Kloostri_vallavalitsus, lk 19
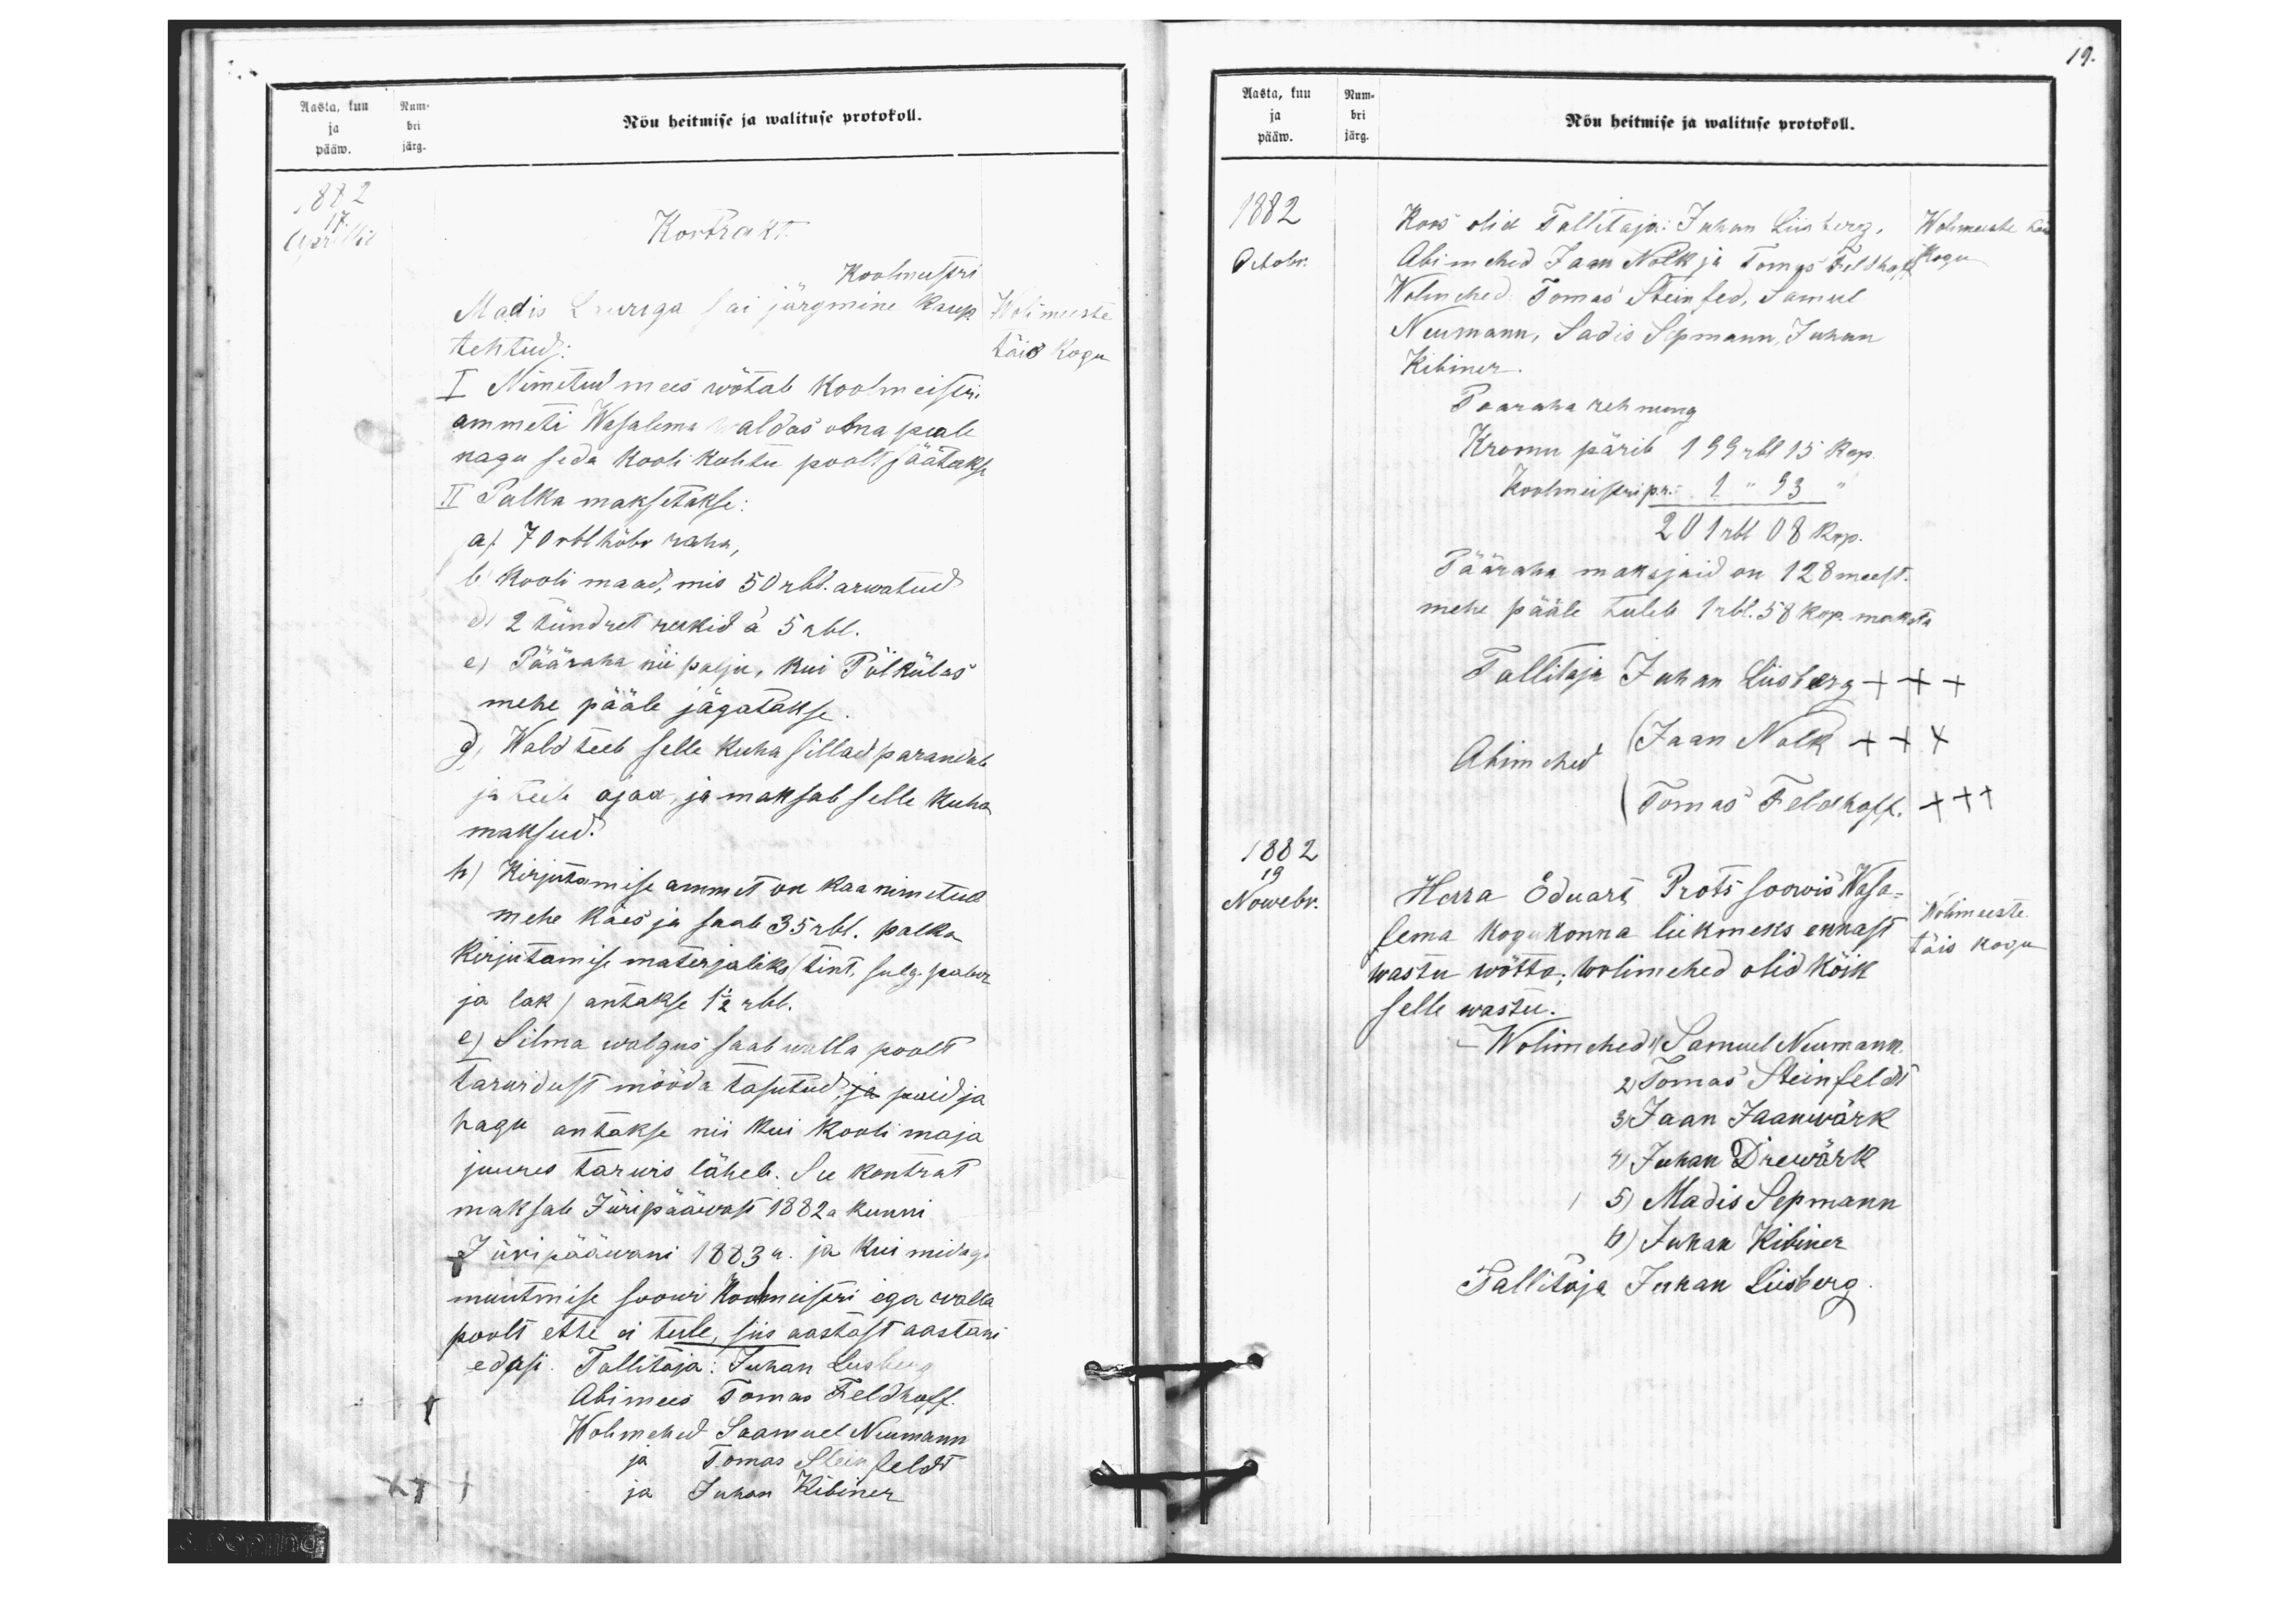
Aasta, kuu Num-
Nõu heitmise ja walituse protokoll.
ja bri
pääw. järg
1882
17
Aprillil
Kontrakt
Koolmeistri
Madis Lauriga sai järgmine kaup
Wolimeeste
tehtud.
täis kogu
I Nimetud mees wõtab koolmeisteri
ammeti Wasalema waldas oma peale
nagu seda kooli kohtu poolt jäätakse
II Palka maksetakse.
a). 70 rbl hõbe raha;
b) kooli maad, mis 50 rbl. arwatud.
d) 2 tündret rukid a 5 rbl.
e) Pääraha nii palju, kui Põlkülas
mehe pääle jägatakse
d) Wald teeb selle kuha sillad parandab
ja teeb ajad, ja maksab selle kuha
maksud.
h) Kirjutamise ammet on kaa nimetud
mehe käes ja saab 35 rbl. palka
Kirjutamise materjaliks (tint, sulg. paber
ja lak) antakse 1 1/2 rbl.
e) Silma walgus saab walla poolt
tarwidust mööda tasutud, ja puid ja
hagu antakse nii kui kooli maja
juures tarwis läheb. See kontrat
maksab Jüripääwast 1882 kunni
Jüripääwani 1883a. ja kui midagi
muutmise soowi Koolmeistri ega walla
poolt ette ei tule, siis aastast aastani
edasi. Tallitaja: Juhan Liisberg
Abimees Tomas Feldhoff.
Wolimehed Saamuel Neumann
ja Tomas Steinfeldt
ja Juhan Kibiner

19.
Aasta, kuu Num-
ja bri
pääw. järg.
Nõu heitmise ja walituse protokoll.
1882
Koos olid Tallitaja: Juhun Liisberg,
Wolimeeste täis
Octobr.
Abimehed Jaan Nolk ja Tomas Feldhoff
kogu
Wolimehed: Tomas Steinfeld, Samul
Neumann, Sadis Sepmann, Juhan
Kibiner
Paaraha rehnung
Kronu pärib 199 rbl 15 kop.
Koolmeistri pr. 1 " 93 "
201 rbl 08 kop.
Pääraha maksjaid on 128 meest.
mehe pääle tuleb 1 rbl. 58 kop. maksta.
Tallitaja Juhan Liisberg +++
Abimehed
Jaan Nolk +++
Tomas Feldhoff +++
1882
19
Nowebr.
Herra Eduart Prots soowis Wasa-
Wolimeeste
lema kogukonna liikmeks ennast
täis kogu.
wastu wõtta. Wolimehed olid kõik
selle wastu.
Wolimehed 1) Samuel Neumann
2) Tomas Steinfeldt
3) Jaan Jaanwärk.
4) Juhan Drewärk.
5) Madis Sepmann
6) Juhan Kibiner
Tallitaja Juhan Liisberg